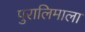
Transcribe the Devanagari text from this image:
पुरालिमाला